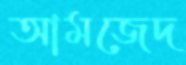
আমজেদ